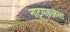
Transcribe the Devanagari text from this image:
नाट्यकलेला